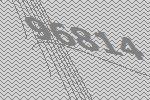
96814